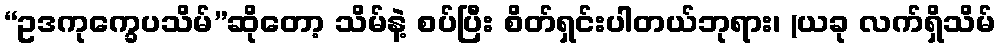
“ဥဒကုက္ခေပသိမ်”ဆိုတော့ သိမ်နဲ့ စပ်ပြီး စိတ်ရှင်းပါတယ်ဘုရား၊ (ယခု လက်ရှိသိမ်